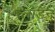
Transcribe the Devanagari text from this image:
फ्लॉडॅन